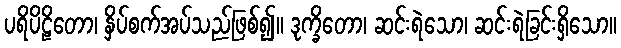
ပရိပိဠိတော၊ နှိပ်စက်အပ်သည်ဖြစ်၍။ ဒုက္ခိတော၊ ဆင်းရဲသော၊ ဆင်းရဲခြင်းရှိသော။